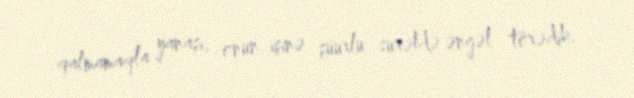
qalmamaqla yanaşı, onun işinə şüurlu surətdə əngəl törədib.